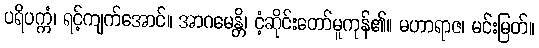
ပရိပက္ကံ၊ ရင့်ကျက်အောင်။ အာဂမေန္တိ၊ ငံ့ဆိုင်းတော်မူကုန်၏။ မဟာရာဇ၊ မင်းမြတ်။